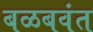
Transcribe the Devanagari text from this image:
बळबवंत